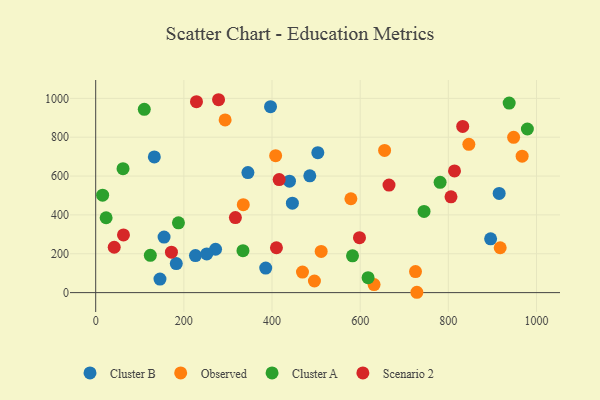
{"axis": {"x": "Experience", "y": "Fuel Efficiency"}, "legend": ["Cluster A", "Cluster B", "Observed", "Scenario 2"], "data": [{"x": "133.0", "y": 698.5, "type": "Cluster B"}, {"x": "226.3", "y": 190.6, "type": "Cluster B"}, {"x": "271.9", "y": 223.2, "type": "Cluster B"}, {"x": "915.3", "y": 510.4, "type": "Cluster B"}, {"x": "385.7", "y": 126.2, "type": "Cluster B"}, {"x": "182.8", "y": 149.6, "type": "Cluster B"}, {"x": "155.1", "y": 285.7, "type": "Cluster B"}, {"x": "145.8", "y": 69.7, "type": "Cluster B"}, {"x": "251.9", "y": 199.1, "type": "Cluster B"}, {"x": "345.3", "y": 618.2, "type": "Cluster B"}, {"x": "485.7", "y": 601.3, "type": "Cluster B"}, {"x": "503.9", "y": 720.5, "type": "Cluster B"}, {"x": "396.6", "y": 957.4, "type": "Cluster B"}, {"x": "895.9", "y": 277.1, "type": "Cluster B"}, {"x": "446.2", "y": 460.3, "type": "Cluster B"}, {"x": "439.6", "y": 573.7, "type": "Cluster B"}, {"x": "967.4", "y": 702.4, "type": "Observed"}, {"x": "496.2", "y": 59.7, "type": "Observed"}, {"x": "846.5", "y": 763.5, "type": "Observed"}, {"x": "725.5", "y": 108.5, "type": "Observed"}, {"x": "469.1", "y": 105.5, "type": "Observed"}, {"x": "511.5", "y": 212.1, "type": "Observed"}, {"x": "917.6", "y": 231.0, "type": "Observed"}, {"x": "293.6", "y": 889.2, "type": "Observed"}, {"x": "578.9", "y": 483.3, "type": "Observed"}, {"x": "408.2", "y": 704.8, "type": "Observed"}, {"x": "334.8", "y": 452.5, "type": "Observed"}, {"x": "948.1", "y": 799.2, "type": "Observed"}, {"x": "655.4", "y": 731.8, "type": "Observed"}, {"x": "631.5", "y": 41.3, "type": "Observed"}, {"x": "728.6", "y": 1.7, "type": "Observed"}, {"x": "938.0", "y": 976.0, "type": "Cluster A"}, {"x": "582.6", "y": 189.2, "type": "Cluster A"}, {"x": "62.0", "y": 638.0, "type": "Cluster A"}, {"x": "110.2", "y": 943.5, "type": "Cluster A"}, {"x": "781.3", "y": 567.9, "type": "Cluster A"}, {"x": "187.7", "y": 359.2, "type": "Cluster A"}, {"x": "23.6", "y": 385.3, "type": "Cluster A"}, {"x": "744.9", "y": 418.0, "type": "Cluster A"}, {"x": "334.1", "y": 216.0, "type": "Cluster A"}, {"x": "123.9", "y": 191.9, "type": "Cluster A"}, {"x": "617.9", "y": 77.0, "type": "Cluster A"}, {"x": "15.7", "y": 501.8, "type": "Cluster A"}, {"x": "979.3", "y": 842.2, "type": "Cluster A"}, {"x": "278.7", "y": 993.0, "type": "Scenario 2"}, {"x": "665.4", "y": 553.8, "type": "Scenario 2"}, {"x": "598.4", "y": 282.7, "type": "Scenario 2"}, {"x": "814.0", "y": 626.7, "type": "Scenario 2"}, {"x": "171.8", "y": 208.3, "type": "Scenario 2"}, {"x": "228.6", "y": 983.0, "type": "Scenario 2"}, {"x": "63.0", "y": 297.1, "type": "Scenario 2"}, {"x": "832.6", "y": 855.3, "type": "Scenario 2"}, {"x": "410.0", "y": 230.8, "type": "Scenario 2"}, {"x": "42.0", "y": 233.5, "type": "Scenario 2"}, {"x": "316.9", "y": 386.3, "type": "Scenario 2"}, {"x": "806.0", "y": 493.0, "type": "Scenario 2"}, {"x": "416.2", "y": 582.0, "type": "Scenario 2"}]}